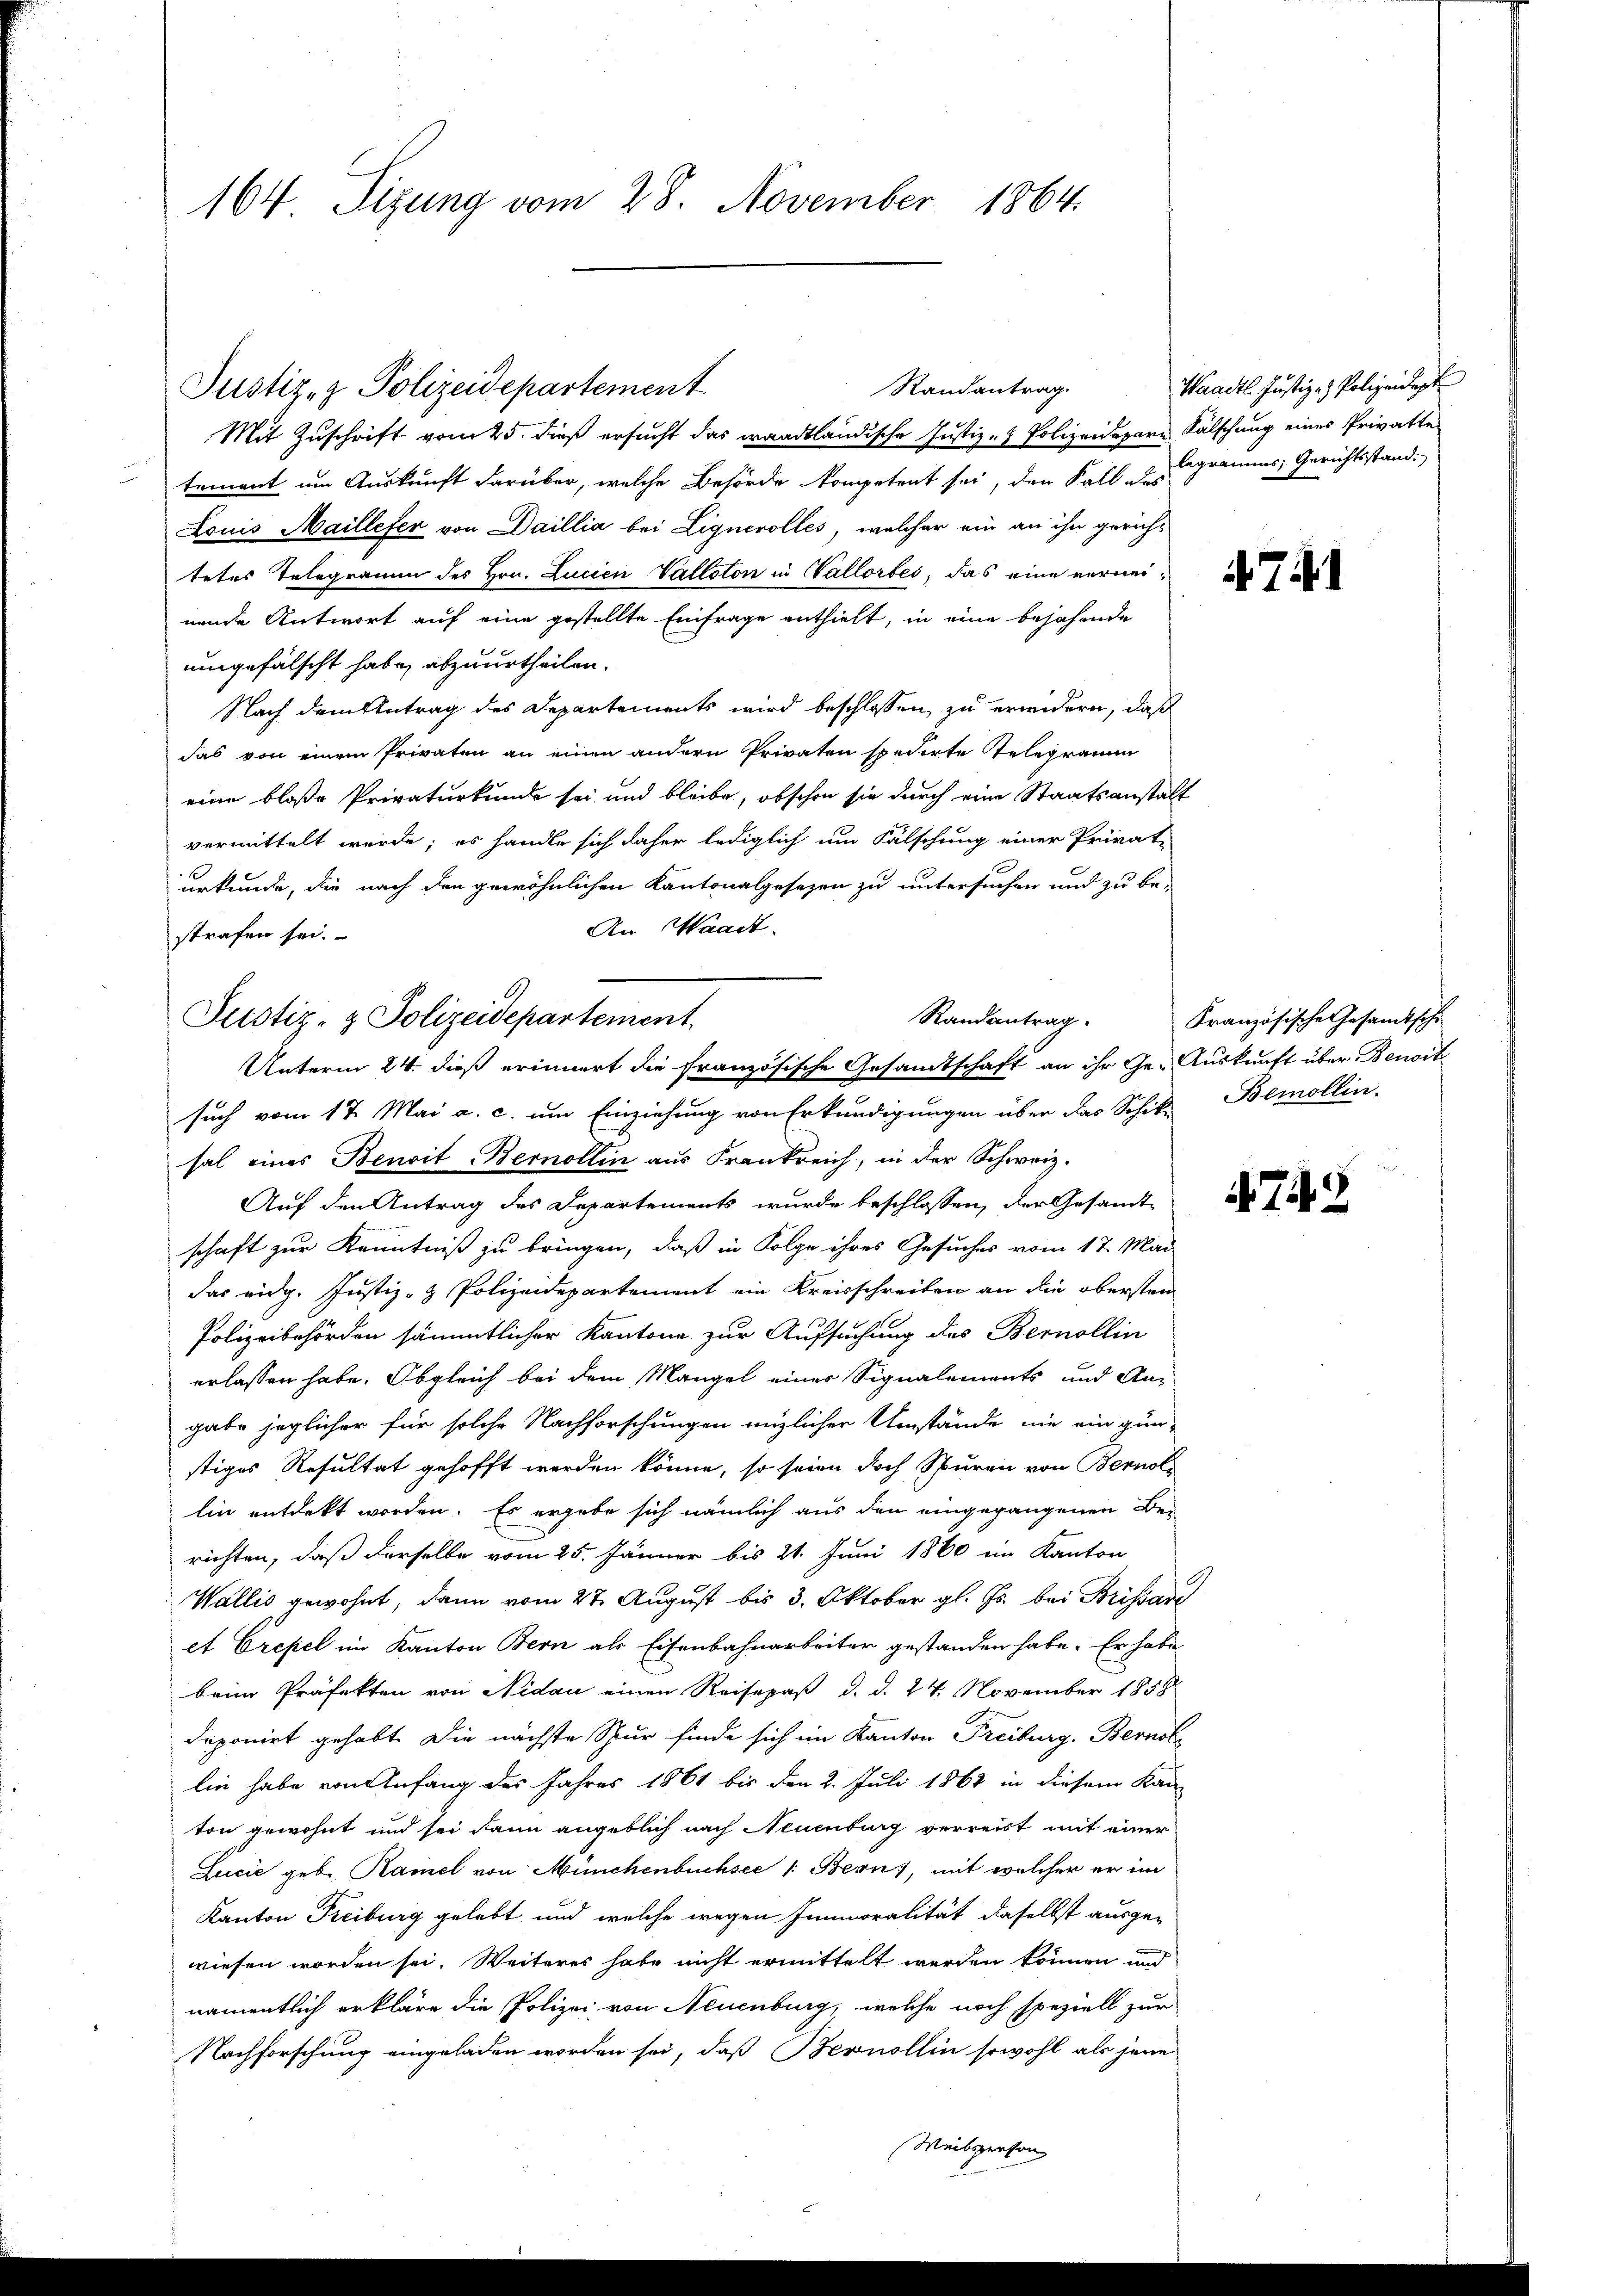
164 Sizung vom 28. November 1864.

Mit Zuschrift vom 25. dieß ersucht das waadtländische Justiz- & Polizeidepare Fälschung eines Privatte
tement um Auskunft darüber, welche Behörde kompetent sei, den Fall u Legramms, Gerichtsstand.
Louis Maillefer von Daillia bei Lignerolles, welcher ein an ihn gerichtetes Telegramm des Hrn. Lucien Valloton in Vallorbes, das eine vermeinende Antwort auf eine gestellte Einfrage enthielt, in eine bejahende
umgefälscht habe, abzuurtheilen.
Nach dem Antrag des Departements wird beschlossen, zu erwidern, daß
das von einem Privaten an einen andern Privaten spedirte Telegramm
eine bloße Privaturkunde sei und bleibe, obschon sie durch eine Staatsanstalt
vermittelt werde; es handle sich daher lediglich um Fälschung einer Privat-
urkunde, die nach den gewöhnlichen Kantonalgesetzen zu untersuchen und zu be-
An Waadt
strafen sei.
such vom 17. Mai a. c. um Einziehung von Erkundigungen über das Schik-Bemollin.
sal eines Benoit Berollin aus Frankreich, in der Schweiz.
Auf den Antrag des Departements wurde beschlossen, der Gesandt-
schaft zur Kenntniß zu bringen, daß in Folge ihres Gesuches vom 17. Mai
das eidg. Justiz- & Polizeidepartement ein Kreisschreiben an die obersten
Polizeibehörden sämmtlicher Kantone zur Aufsuchung des Berollin
erlassen habe. Obgleich bei dem Mangel einer Signalements und An-
gabe jeglicher für solche Nachforschungen miglicher Umstände nie ein gunstiges Resultat gehofft werden könne, so seien doch Spuren von Bernol
lin entdeckt worden. Es ergebe sich nämlich aus den eingegangenen Be-
richten, daß derselbe vom 25. Jänner bis 21. Juni 1860 im Kanton
Wallis gewohnt, dann vom 27. August bis 3. Oktober gl. Js. bei Brissan
et Crepel im Kanton Bern als Eisenbahnarbeiter gestanden habe. Er habe
beim Präfekten von Nidau einen Reisepaß d. d. 24. November 1858
deponirt gehabt. Die nächste Spur finde sich im Kanton Freiburg, Bernol
lin habe von Anfang des Jahres 1861 bis den 2. Juli 1862 in diesem Kan
ton gewohnt und sei dann angeblich nach Neuenburg verreist mit einer
Lucia geb. Ramel von Münchenbuchsee 1: Bern), mit welcher er im
Kanton Freiburg gelebt und welche wegen Innmoralität daselbst ausge-
wiesen worden sei. Weiteres habe nicht ermittelt werden können und
namentlich erkläre die Polizei von Neuenburg, welche noch speziell zur
Nachforschung eingeladen worden sei, daß Bevnollin sowohl als jene
Weibsperson

Justiz- & Polizeidepartement

Randantrag.

Randantrag.
Justiz- & Polizeidepartement
Unterm 24. dieß erinnert die französische Gesandtschaft an ihr Ge-Auskunft über Benoit

Waadt. Justiz- & Polizeidept

Französische Gesamtschi

74.